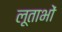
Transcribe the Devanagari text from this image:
लूताभों